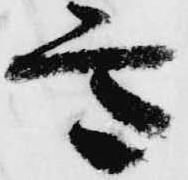
意